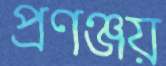
প্রণঞ্জয়